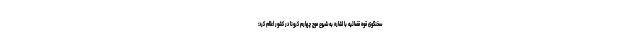
سخنگوی قوه قضائیه با اشاره به شیوع موج چهارم کرونا در کشور اعلام کرد: